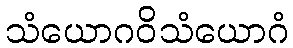
သံယောဂဝိသံယောဂံ